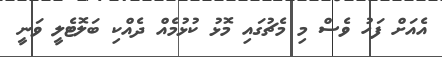
އެއަށް ފަހު ވެސް މި މެޗުގައި މޮޅު ކުޅުމެއް ދެއްކި ބަލޮޓެލީ ވަނީ